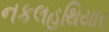
નકલહથિયાર